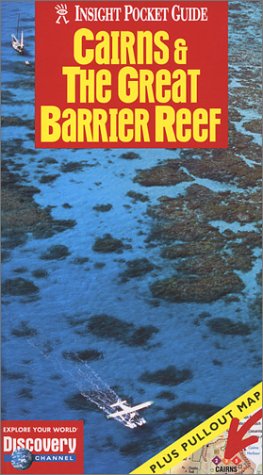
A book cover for Cairns & the Great Barrier Reef (Insight Pocket Guide Cairns & the Great Barrier Reef); Brian Bell; Travel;